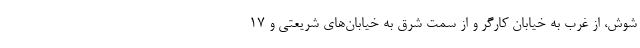
شوش، از غرب به خیابان کارگر و از سمت شرق به خیابان‌های شریعتی و ۱۷